Civil Veterinary Department. United Provinces 1932-42 - 1932-1942
Year: 1932
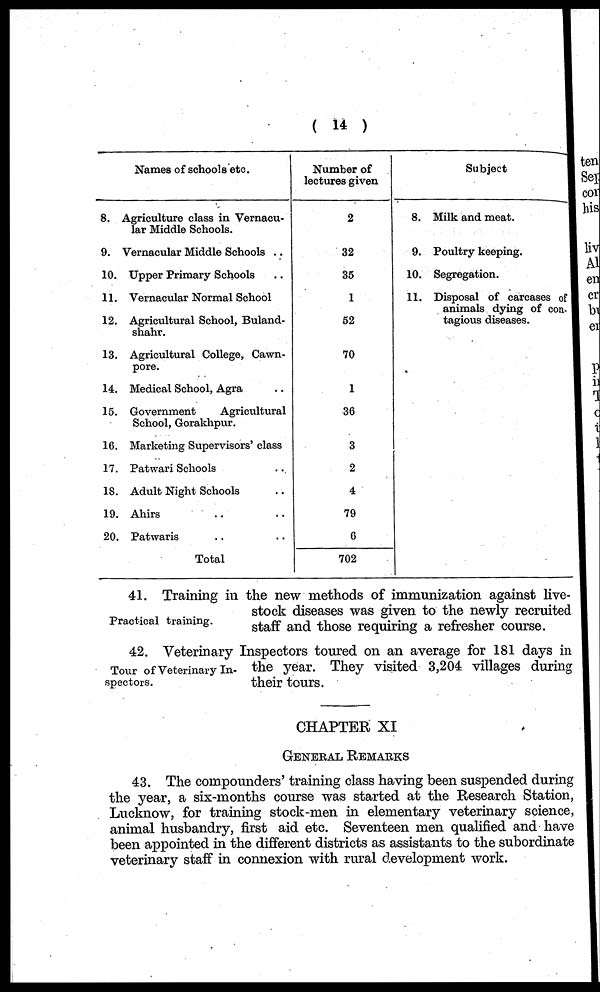
(14)
8.
9.
10.
11.
12.
13.
14.
15.
1G.
17.
18.
19.
20.
Names of schools etc.
Agriculture class in Vernacu-
lar Middle Schools.
Vernacular Middle Schools ..
Upper Primary Schools ..
Vernacular Normal School
Agricultural School, Buland-
shahr.
Agricultural College, Cawn-
pore.
Medical School, Agra
Government
Agricultural
School, Gorakhpur.
Marketing Supervisors' class
Patwari Schools ..
Adult Night Schools
Ahirs .. ..
Patwaris .. ..
Total
Number of
lectures given
2
32
35
1
52
70
1
36
3
2
4
79
6
702
8.
9.
10.
11.
Subject
Milk and meat.
Poultry keeping.
Segregation.
Disposal of carcases of
animals dying of con-tagious dis
Practical training.
41. Training in the new methods of immunization against live-
stock diseases was given to the newly recruited
staff and those requiring a refresher course.
Tour of Veterinary In-
spectors.
42. Veterinary Inspectors toured on an average for 181 days in
the year. They visited 3,204 villages during
their tours.
GENERAL REMARKS
43. The compounders' training class having been suspended during
the year, a six-months course was started at the Research Station,
Lucknow, for training stock-men in elementary veterinary science,
animal husbandry, first aid etc. Seventeen men qualified and have
been appointed in the different districts as assistants to the subordinate
veterinary staff in connexion with rural development work.